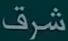
شرق